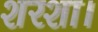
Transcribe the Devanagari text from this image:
शरशा।